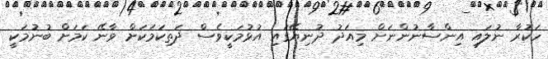
ހަކުރާ ނުލައި އިންސާނުންނަށް މިއަދު ދުނިޔޭގައި އުޅުމަކީވެސް ދަތިކަމަކަށް ވާނޭ ކަމަށް ބުނުމަކީ